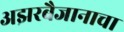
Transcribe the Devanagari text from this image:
अझरबैजानाचा